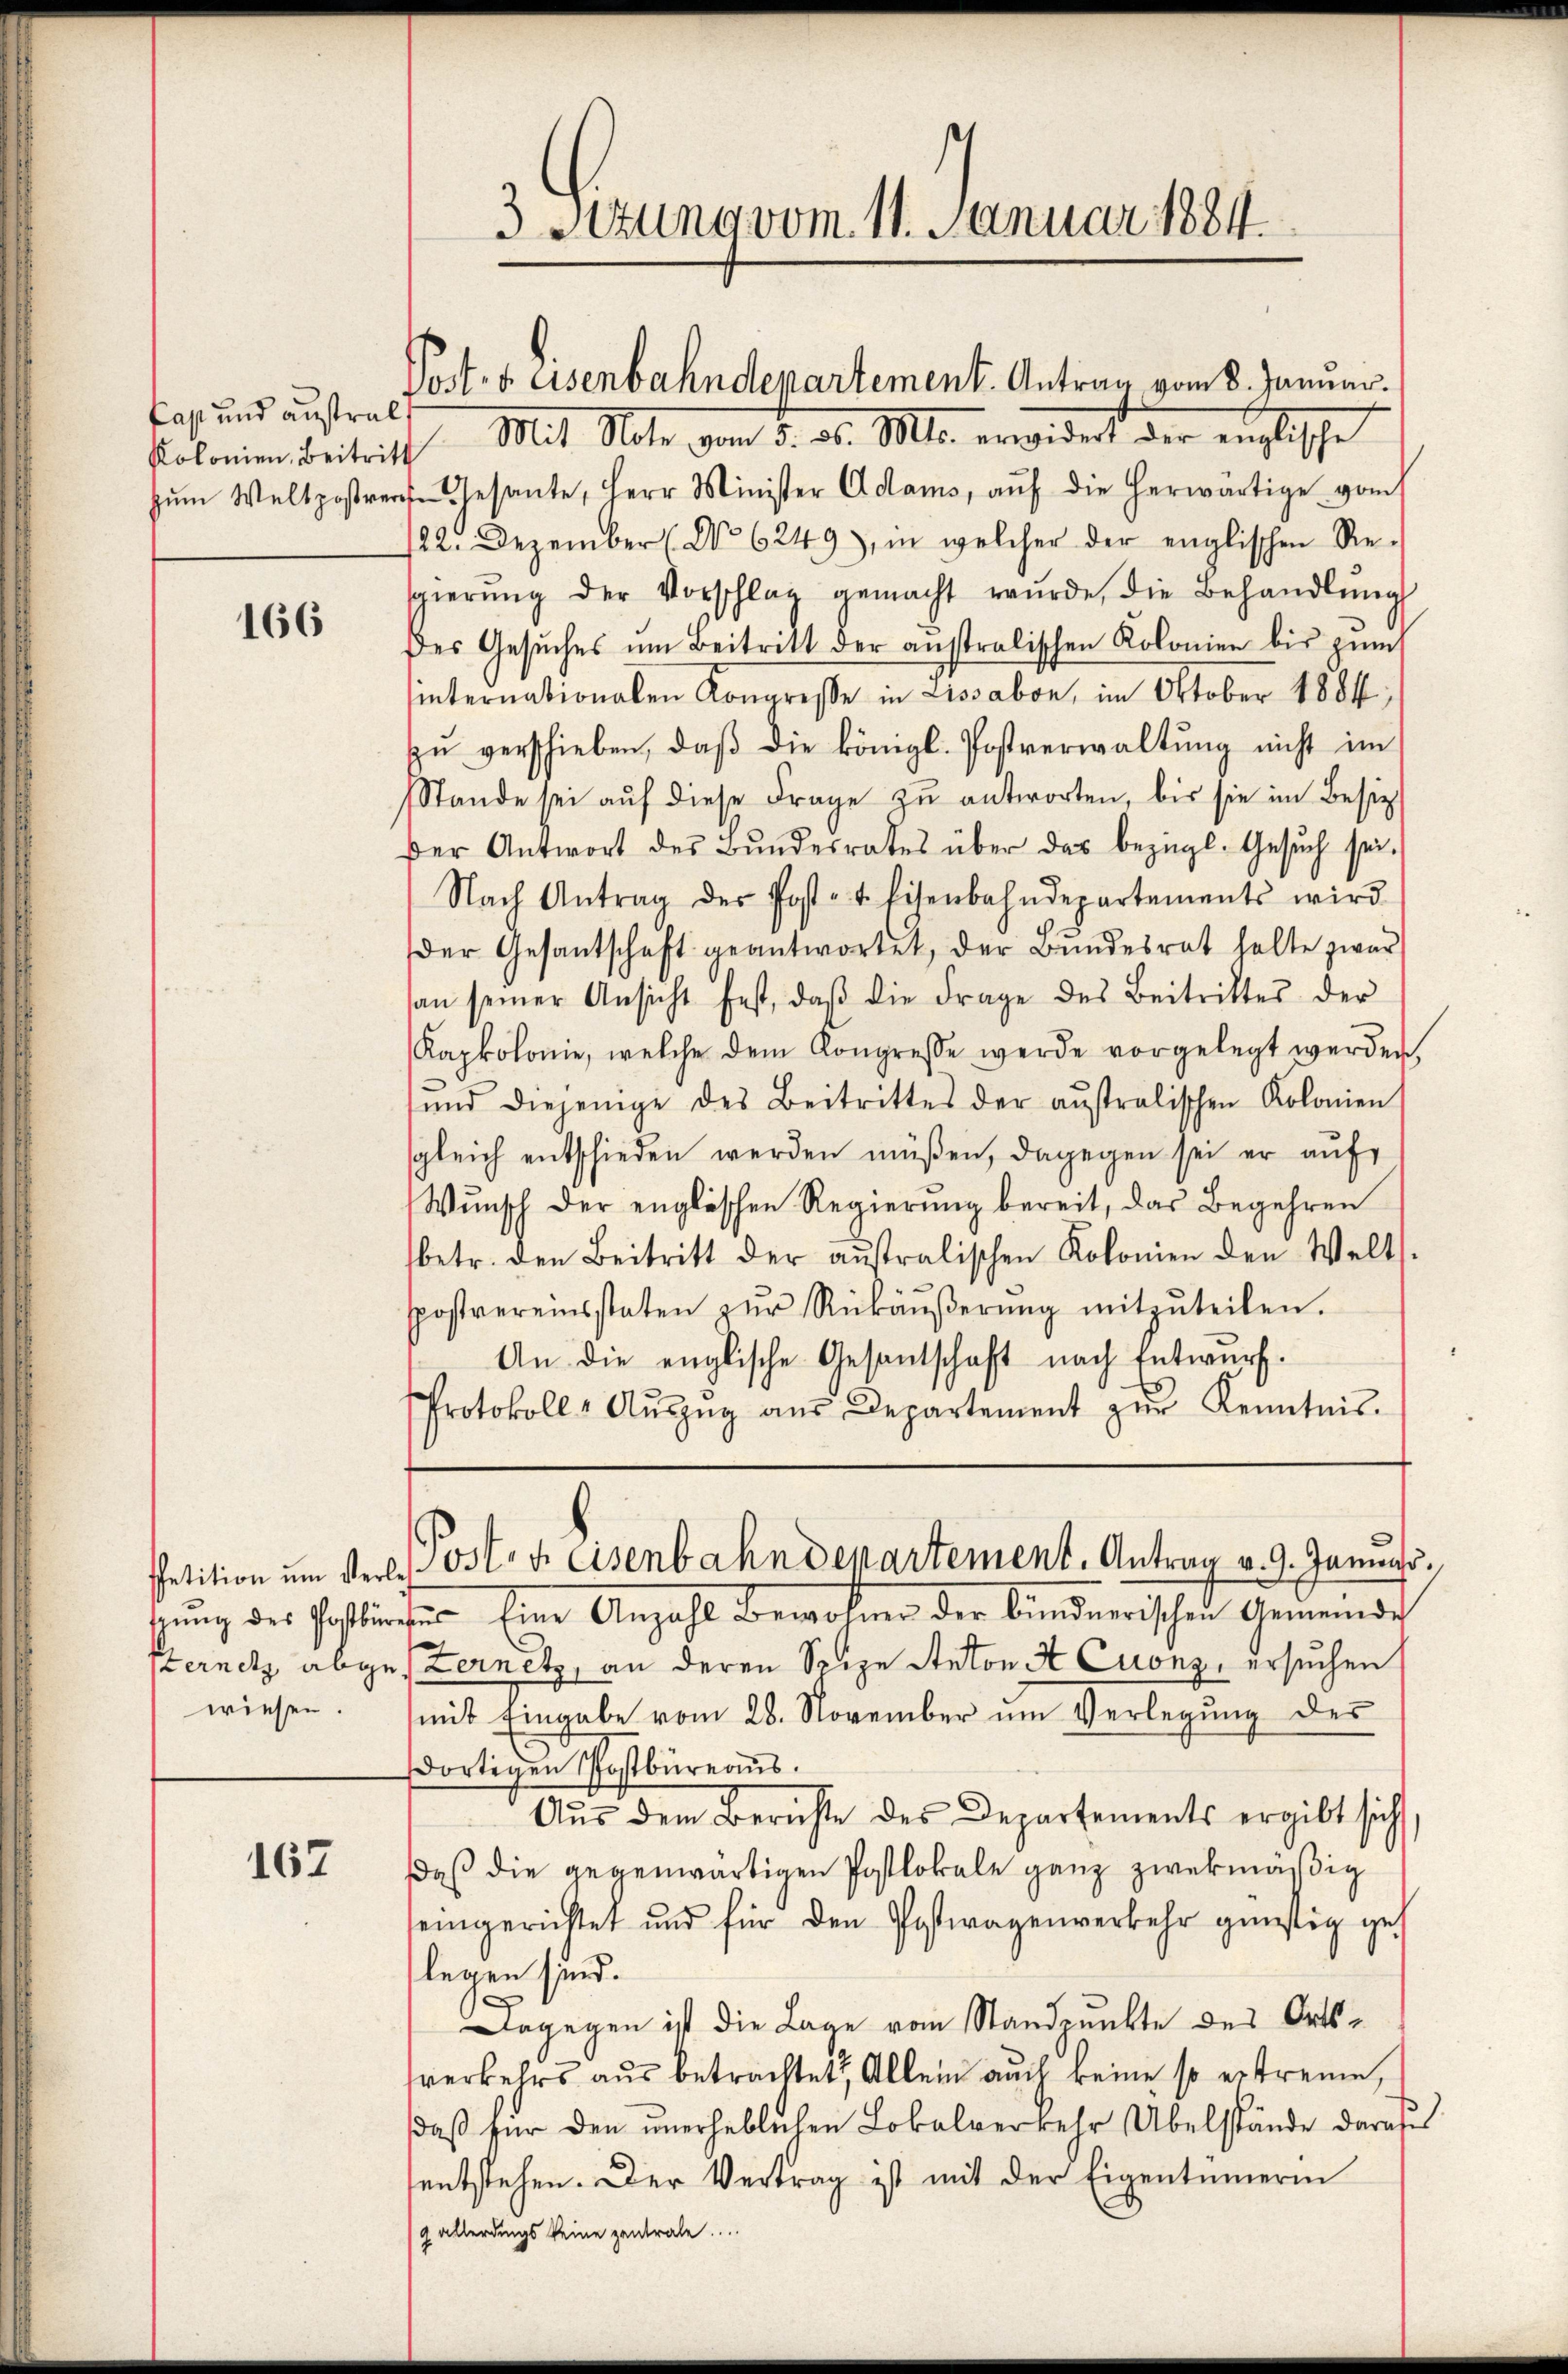
166

167

Cas und ausralt

3 Stzung vom 11. Januar 1884.

Postes eisenbahndepartement. Antrag vom 8. Januar

Kolinien Beitritt. Mit Note vom 5. d. Mts. erwidert der englische
zŭm Weltpostres Gesante, Herr Minister Adams, aŭf die herwärtige vom
22. Dezember (No 6249), in welcher der englischen Re-
sgierŭng der Vorschlag gemacht wŭrde, die Behandlŭng
des Gesŭches ŭm Beitritt der anstralischen Kolonien bis zŭm
internationalen Kongresse in Lissabon, im Oktober 1884,
zŭ verschieben, daβ die königl. Postverwaltŭng nicht im
Stande sei aŭf diese Frage zŭ antworten, bis sie im Besitz-
Der Antwort des Bŭndesrates über das bezügl. Gesŭch sei.
Nach Antrag der Post- u. Eisenbahndepartements wird
der Gesantschaft geantwortet, der Bŭndesrat halte zwar
an seiner Ansicht fest, daβ die Frage des Beitrittes der
Kapkolonie, welche dem Kongresse werde vorgelegt werden,
sund diejenige des Beitrittes der ausralischen Kolonien
sgleich entschieden werden müßen, dagegen sei er auf
Wŭnsch der englischen Regierŭng bereit, das Begehren
betr. den Beitritt der aŭfralischen Kolonien den Welt.
postvereinsstaten zŭr Rückäŭβerŭng mitzŭteilen.
An die englische Gesantschaft nach Entwurf.
Protokoll- Aŭszŭg aŭs Departement zŭr Kenntnis.

schung des Postdieses Eine Anzahl Bewohner der Bündnerischen Gemeindes
sternetz abgesternetz, an deren Seize Anton A Cuonz, ersuchen
wiesen. (mit Eingabe vom 28. November um Verlegung des
dortigen Postbüreaŭs.
Aus dem Berichte des Departements ergibt sich,
daß die gegenwärtigen Postlokale ganz zwekmäßig
eingerichtet und für den Posttragenverkehr günstig gelegen sind.
Dagegen ist die Lage vom Standpunkte des Ortswerkehrs aus betrachtet, Allein auch keine so erstreuen,
daß für den unerheblichen Lokalverkehr Übelstände darabe
entstehen. Der Vertrag ist mit der Eigentümerin
g allerdings keine zentrale.

Petition um Verl. Post- u. eisenbahndepartement. Antrag v. 9. Janua